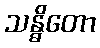
သန္ဓိတော